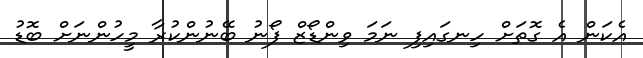
އެކަން އެ ގޮތަށް ހިނގައިފި ނަމަ ވިންޑޯޒް ފޯނު ބޭނުންކުރާ މީހުންނަށް ބޮޑު